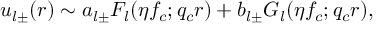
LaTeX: u _ { l \pm } ( r ) \sim a _ { l \pm } F _ { l } ( \eta f _ { c } ; q _ { c } r ) + b _ { l \pm } G _ { l } ( \eta f _ { c } ; q _ { c } r ) ,